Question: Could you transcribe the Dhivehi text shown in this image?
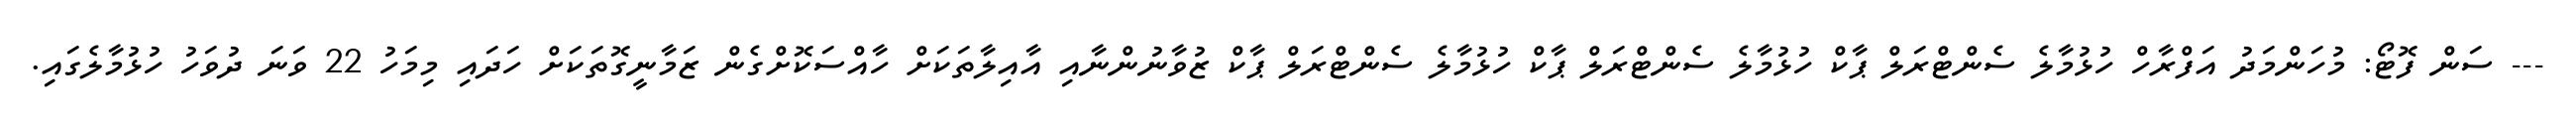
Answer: --- ސަން ފޮޓޯ: މުހަންމަދު އަފްރާހް ހުޅުމާލެ ސެންޓްރަލް ޕާކް ހުޅުމާލެ ސެންޓްރަލް ޕާކް ހުޅުމާލެ ސެންޓްރަލް ޕާކް ޒުވާނުންނާއި އާއިލާތަކަށް ހާއްސަކޮށްގެން ޒަމާނީގޮތަކަށް ހަދައި މިމަހު 22 ވަނަ ދުވަހު ހުޅުމާލެގައި.